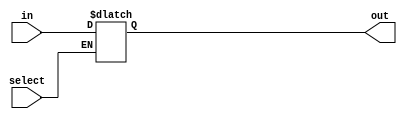
`timescale 1ns / 100ps

module register(

	input [7:0] in,
	input select,
	output reg [7:0] out
	);

initial
	begin
	out = 0;
	end

always @(select or in)
	begin
	#1 if (select)
		begin
		out = in;
		end
	end

endmodule